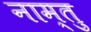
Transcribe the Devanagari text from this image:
नाम्तु